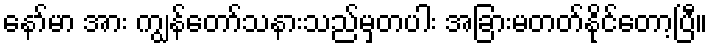
နော်မာ အား ကျွန်တော်သနားသည်မှတပါး အခြားမတတ်နိုင်တော့ပြီ။